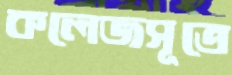
কলেজসূত্রে